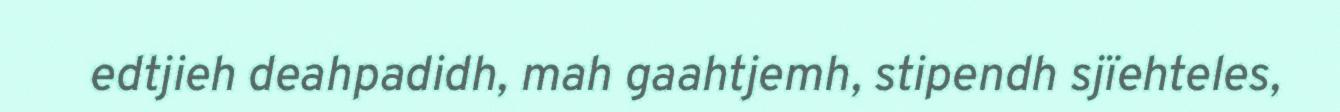
edtjieh deahpadidh, mah gaahtjemh, stipendh sjïehteles,